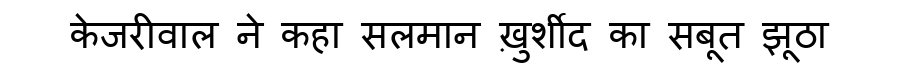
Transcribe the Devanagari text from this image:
केजरीवाल ने कहा सलमान ख़ुर्शीद का सबूत झूठा